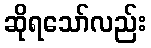
ဆိုရသော်လည်း